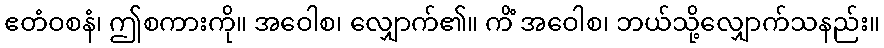
ဧတံဝစနံ၊ ဤစကားကို။ အဝေါစ၊ လျှောက်၏။ ကိံ အဝေါစ၊ ဘယ်သို့လျှောက်သနည်း။